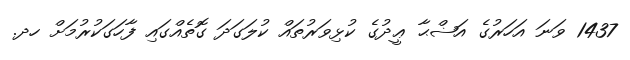
1437 ވަނަ އަހަރުގެ އަޟްޙާ ޢީދުގެ ކުޅިވަރުތައް ކުލަގަދަ ގޮތެއްގައި ފާހަގަކުރުމަށް ހދ.